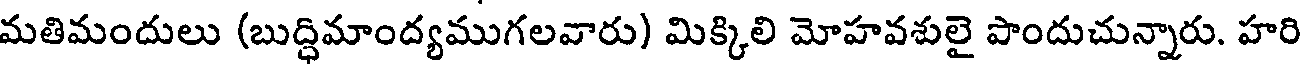
మతిమందులు (బుద్ధిమాంద్యముగలవారు) మిక్కిలి మోహవశులై పొందుచున్నారు. హరి